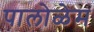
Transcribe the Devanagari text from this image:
पालोळेम